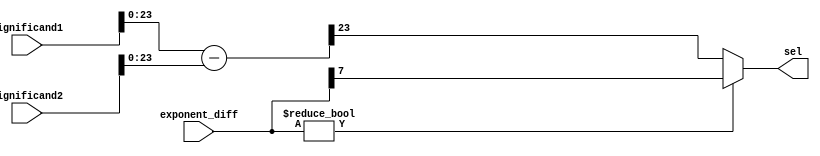

module control  (input [24:0] significand1, input [24:0] significand2, input [7:0] exponent_diff, output reg sel);
	
reg [23:0] significand_diff;



always @(*) begin 
	if(exponent_diff != 0) begin
		sel = exponent_diff[7];
	end

	else  begin
		significand_diff = significand1 - significand2;
		sel = significand_diff[23];
	end
		
end

endmodule